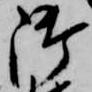
御